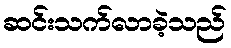
ဆင်းသက်လာခဲ့သည်